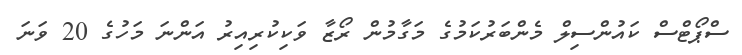
ސްޕޯޓްސް ކައުންސިލް މެންބަރުކަމުގެ މަގާމުން ރޯޒާ ވަކިކުރިއިރު އަންނަ މަހުގެ 20 ވަނަ